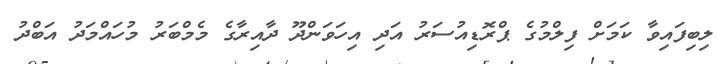
ލިބިފައިވާ ކަމަށް ފިލްމުގެ ޕްރޮޑިއުސަރު އަދި އިހަވަންދޫ ދާއިރާގެ މެމްބަރު މުހައްމަދު އަބްދު